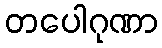
တပေါဂုဏာ